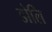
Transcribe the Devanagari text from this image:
डोलि